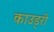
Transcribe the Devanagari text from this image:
काउड्री